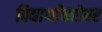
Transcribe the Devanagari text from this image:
विद्यार्थांबरोबर